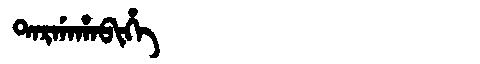
Manchu: ᡨᠠᡵᡤᠠᡥᠠᠪᡳᡥᡝ
Romanization: TARGAHABIHE